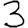
Digit: 3